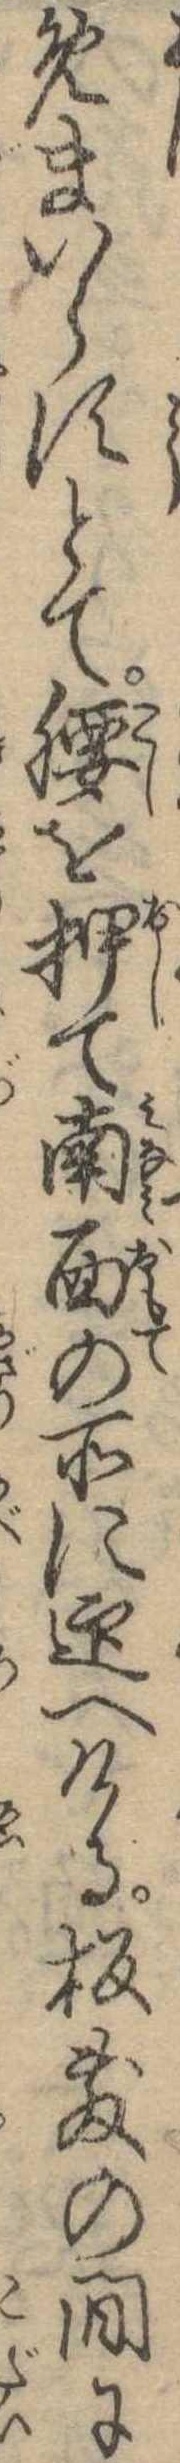
めまいらすとて腰を押て南面の所に迎へける板敷の間に